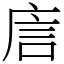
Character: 㢇